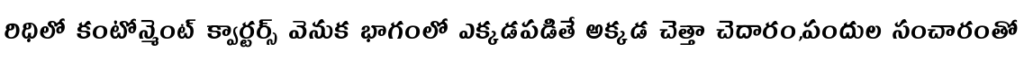
రిధిలో కంటోన్మెంట్ క్వార్టర్స్ వెనుక భాగంలో ఎక్కడపడితే అక్కడ చెత్తా చెదారం,పందుల సంచారంతో